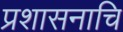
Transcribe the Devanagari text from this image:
प्रशासनाचि